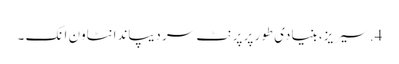
4. سیریز، بنیادی طور پر پرنٹ سر دیپاندانٹاون انک ۔